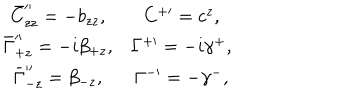
LaTeX: \begin{matrix} { { \bar { C } _ { z z } ^ { \prime \prime } = - b _ { z z } , } } & { { C ^ { + \prime } = c ^ { z } , } } \\ { { \bar { \Gamma } _ { + z } ^ { \prime \prime } = - i \beta _ { + z } , } } & { { \Gamma ^ { + \prime } = - i \gamma ^ { + } , } } \\ { { \bar { \Gamma } _ { - z } ^ { \prime \prime } = \beta _ { - z } , } } & { { \Gamma ^ { - \prime } = - \gamma ^ { - } , } } \\ \end{matrix}